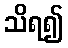
သိရ၍